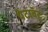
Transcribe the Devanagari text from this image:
पेटावॅट